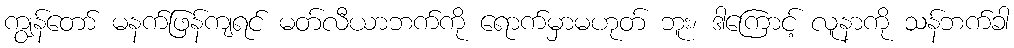
ကျွန်တော် မနက်ဖြန်ကျရင် မတ်လီယာဘက်ကို ရောက်မှာမဟုတ် ဘူး၊ ဒါကြောင့် လူနာကို သန်ဘက်ခါ